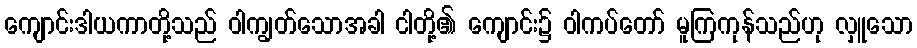
ကျောင်းဒါယကာတို့သည် ဝါကျွတ်သောအခါ ငါတို့၏ ကျောင်း၌ ဝါကပ်တော် မူကြကုန်သည်ဟု လှူသော